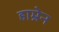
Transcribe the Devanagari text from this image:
हाम्रेन